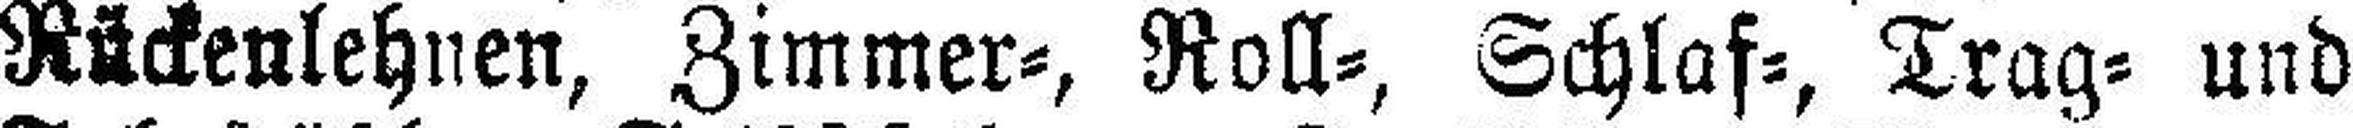
Rückenlehnen, Zimmer=, Roll=, Schlaf=, Trag= und